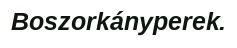
Boszorkányperek.